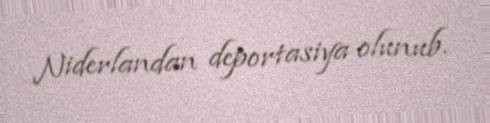
Niderlandan deportasiya olunub.